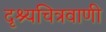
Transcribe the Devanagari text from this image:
दृश्यचित्रवाणी